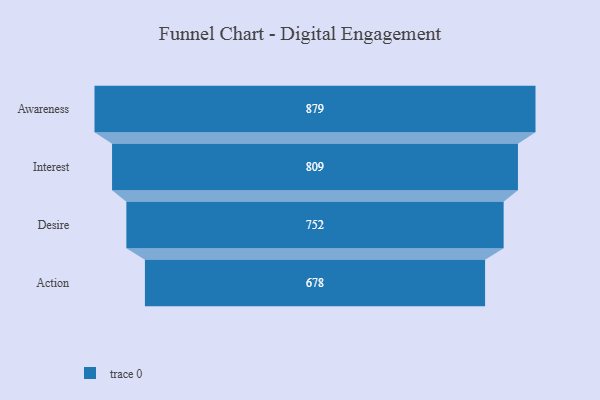
{"axis": {"x": "Stage", "y": "Value"}, "legend": [""], "data": [{"x": "Awareness", "y": 879.0, "type": ""}, {"x": "Interest", "y": 809.0, "type": ""}, {"x": "Desire", "y": 752.0, "type": ""}, {"x": "Action", "y": 678.0, "type": ""}]}